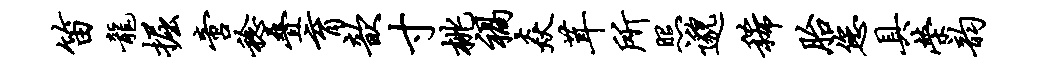
笛龙掘啻稔叠育歆寸桃祸焱茸所照邈稀胎您具荣韵